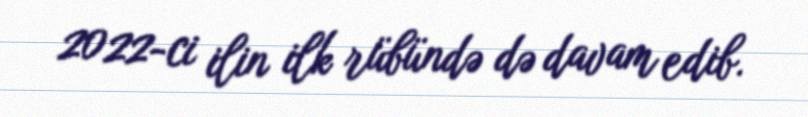
2022-ci ilin ilk rübündə də davam edib.